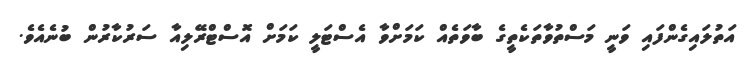
އަތުލައިގެންފައި ވަނީ މަސްތުވާތަކެތީގެ ބާވަތެއް ކަމަށްވާ އެސްޓަލީ ކަމަށް އޮސްޓްރޭލިއާ ސަރުކާރުން ބުނެއެވެ.